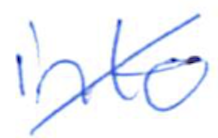
Text: into
Cross-out: diagonal
Writing tool: ballpoint